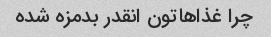
چرا غذاهاتون انقدر بدمزه شده